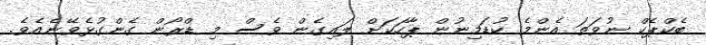
ބެކްޕެކް ނުވަތަ އެންމެ ކުޑަމިނުން ޕާހަކަށް ލައިގެން ވެސް މި ޑްރޯން ގެންގުޅެވޭނެއެވެ.